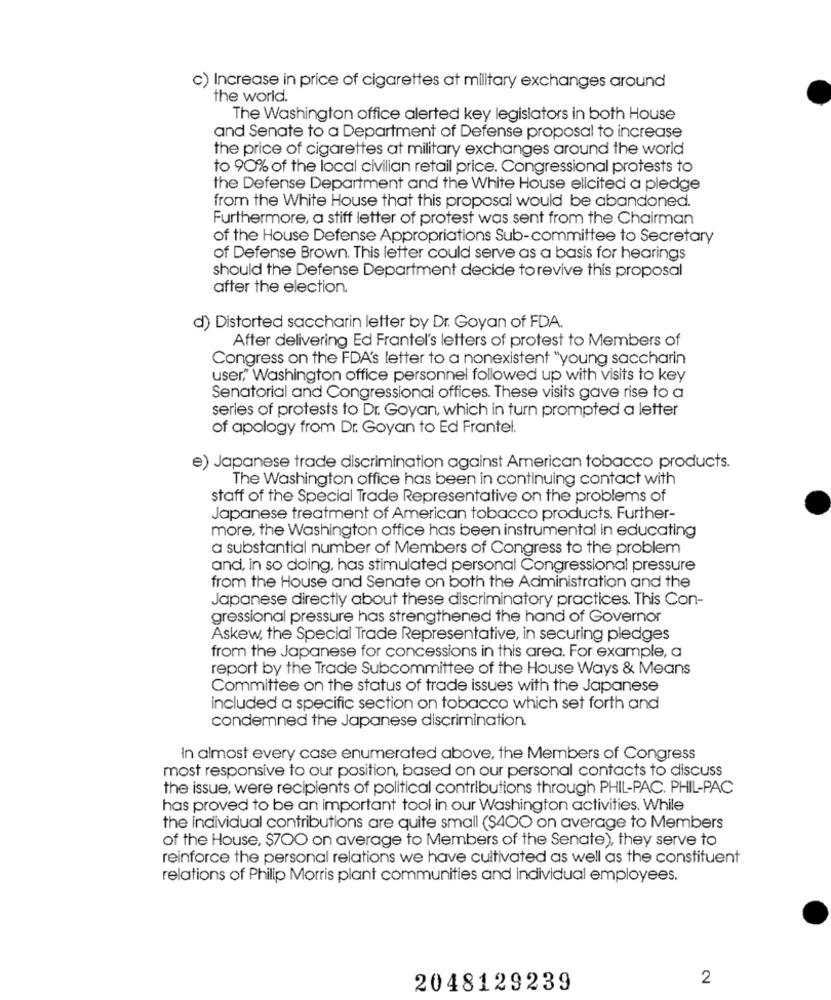
c) Increase in price of cigarettes at military exchanges around
the world.
The Washington office alerted key legislators in both House
and Senate to a Department of Defense proposal to increase
the price of cigarettes at military exchanges around the world
to 90% of the local civilian retail price. Congressional protests to
the Defense Department and the White House elicited a pledge
from the White House that this proposal would be abandoned.
Furthermore, a stiff letter of protest was sent from the Chairman
of the House Defense Appropriations Sub-committee to Secretary
of Defense Brown. This letter could serve as a basis for hearings
should the Defense Department decide torevive this proposal
after the election.
d) Distorted saccharin letter by Dr. Goyan of FDA.
After delivering Ed Frantel's letters of protest to Members of
Congress on the FDA's letter to a nonexistent "young saccharin
user," Washington office personnel followed up with visits to key
Senatorial and Congressional offices. These visits gave rise to a
series of protests to Dr. Goyan, which in turn prompted a letter
of apology from Dr. Goyan to Ed Frantel.
e) Japanese trade discrimination against American tobacco products.
The Washington office has been in continuing contact with
staff of the Special Trade Representative on the problems of
Japanese treatment of American tobacco products. Further-
more, the Washington office has been instrumental in educating
a substantial number of Members of Congress to the problem
and, in so doing, has stimulated personal Congressional pressure
from the House and Senate on both the Administration and the
Japanese directly about these discriminatory practices. This Con-
gressional pressure has strengthened the hand of Governor
Askew, the Special Trade Representative, in securing pledges
from the Japanese for concessions in this area. For example, a
report by the Trade Subcommittee of the House Ways & Means
Committee on the status of trade issues with the Japanese
included a specific section on tobacco which set forth and
condemned the Japanese discrimination.
In almost every case enumerated above, the Members of Congress
most responsive to our position, based on our personal contacts to discuss
the issue, were recipients of political contributions through PHIL-PAC. PHIL-PAC
has proved to be an important tool in our Washington activities. While
the individual contributions are quite small ($400 on average to Members
of the House, $700 on average to Members of the Senate), they serve to
reinforce the personal relations we have cultivated as well as the constituent
relations of Philip Morris plant communities and individual employees.
2
2048129239